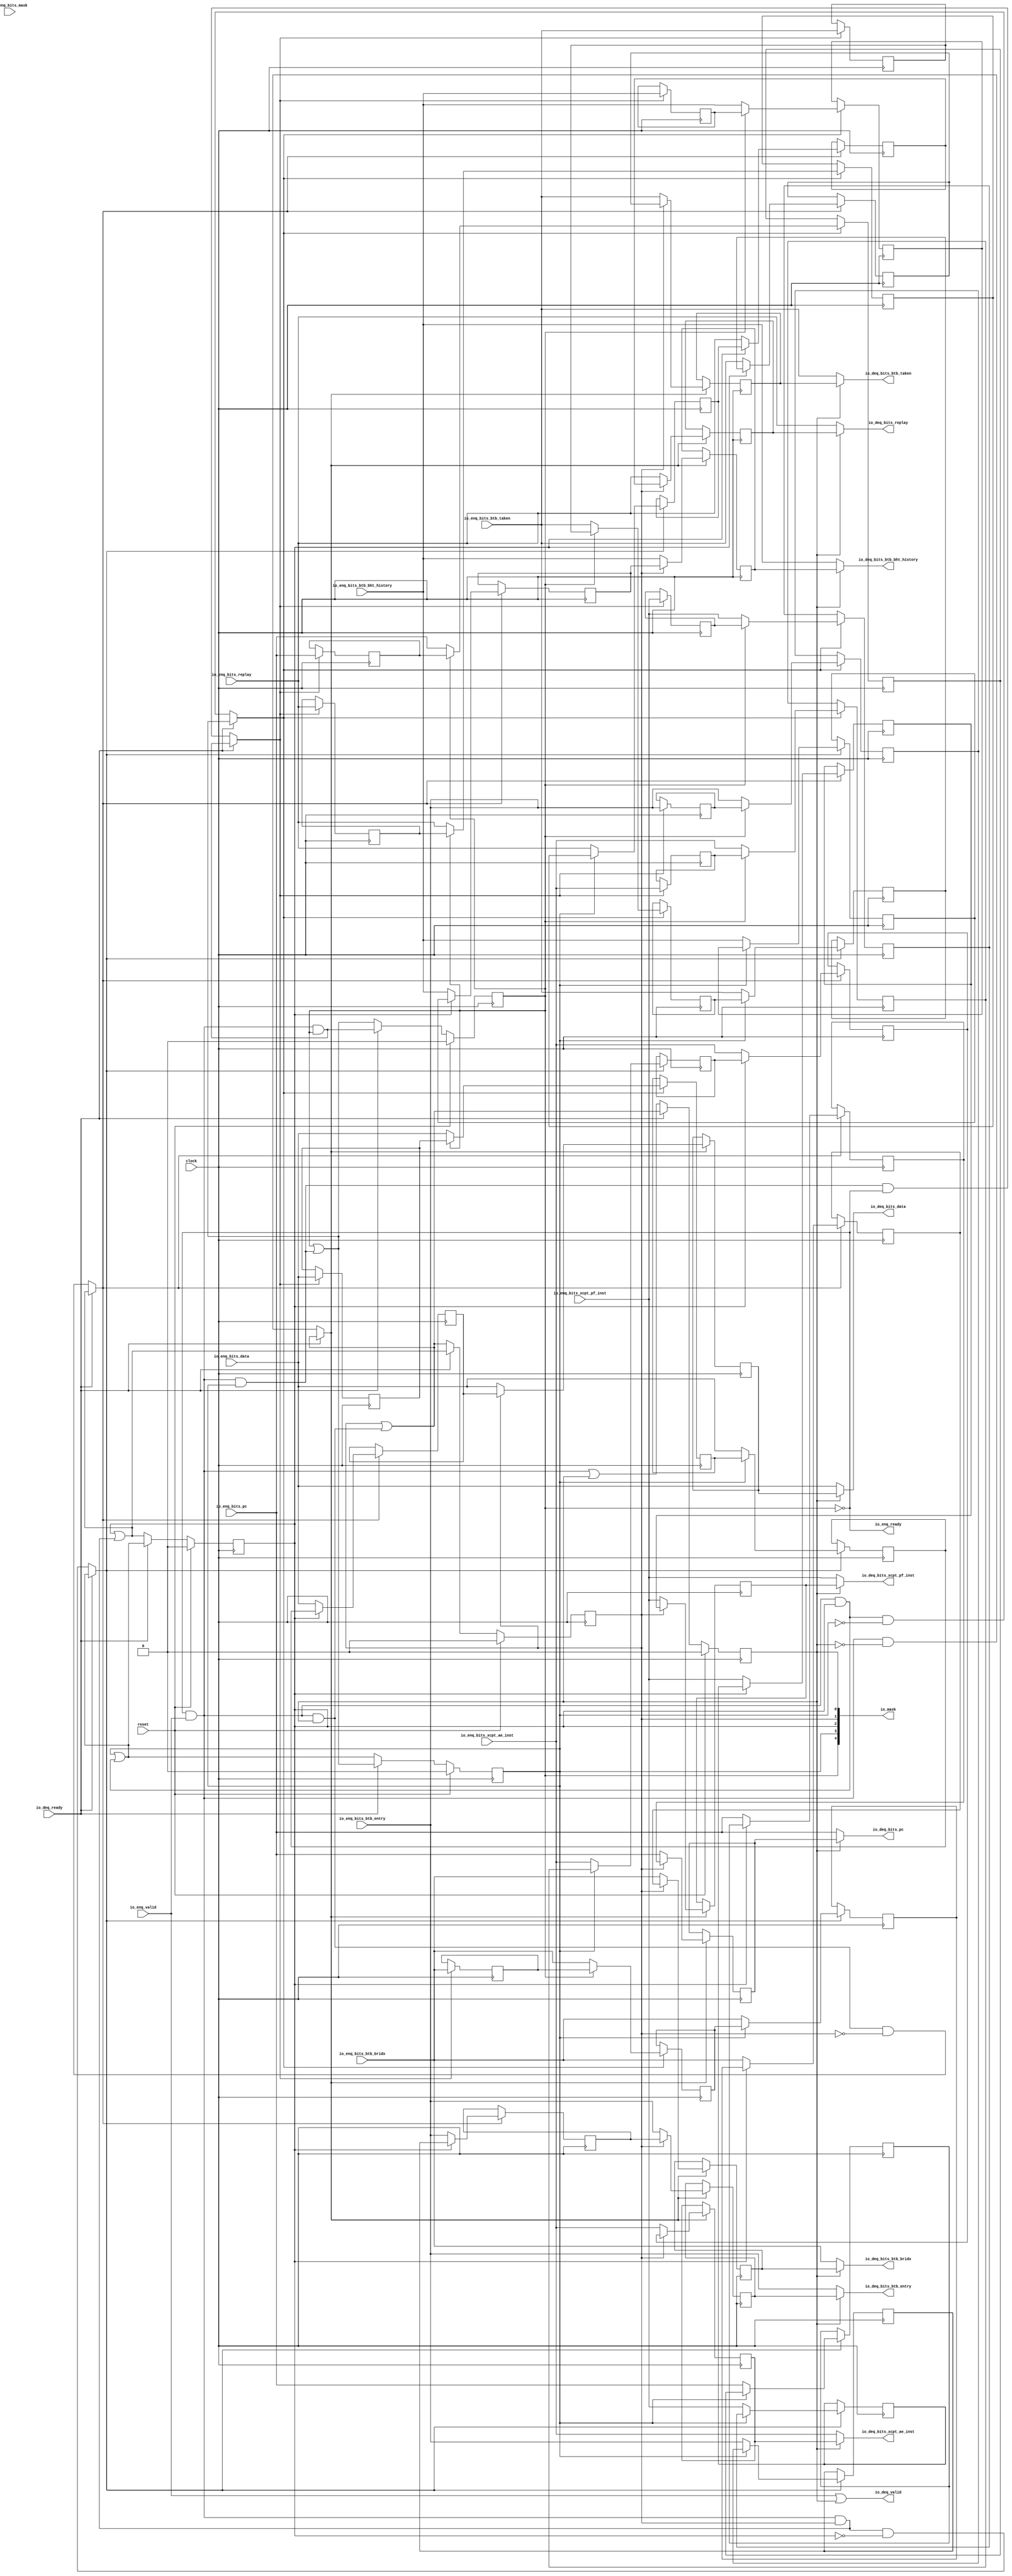
module ShiftQueue(
  input         clock,
  input         reset,
  output        io_enq_ready,
  input         io_enq_valid,
  input         io_enq_bits_btb_taken,
  input         io_enq_bits_btb_bridx,
  input  [4:0]  io_enq_bits_btb_entry,
  input  [7:0]  io_enq_bits_btb_bht_history,
  input  [39:0] io_enq_bits_pc,
  input  [31:0] io_enq_bits_data,
  input  [1:0]  io_enq_bits_mask,
  input         io_enq_bits_xcpt_pf_inst,
  input         io_enq_bits_xcpt_ae_inst,
  input         io_enq_bits_replay,
  input         io_deq_ready,
  output        io_deq_valid,
  output        io_deq_bits_btb_taken,
  output        io_deq_bits_btb_bridx,
  output [4:0]  io_deq_bits_btb_entry,
  output [7:0]  io_deq_bits_btb_bht_history,
  output [39:0] io_deq_bits_pc,
  output [31:0] io_deq_bits_data,
  output        io_deq_bits_xcpt_pf_inst,
  output        io_deq_bits_xcpt_ae_inst,
  output        io_deq_bits_replay,
  output [4:0]  io_mask
);
`ifdef RANDOMIZE_REG_INIT
  reg [31:0] _RAND_0;
  reg [31:0] _RAND_1;
  reg [31:0] _RAND_2;
  reg [31:0] _RAND_3;
  reg [31:0] _RAND_4;
  reg [31:0] _RAND_5;
  reg [31:0] _RAND_6;
  reg [31:0] _RAND_7;
  reg [31:0] _RAND_8;
  reg [63:0] _RAND_9;
  reg [31:0] _RAND_10;
  reg [31:0] _RAND_11;
  reg [31:0] _RAND_12;
  reg [31:0] _RAND_13;
  reg [31:0] _RAND_14;
  reg [31:0] _RAND_15;
  reg [31:0] _RAND_16;
  reg [31:0] _RAND_17;
  reg [63:0] _RAND_18;
  reg [31:0] _RAND_19;
  reg [31:0] _RAND_20;
  reg [31:0] _RAND_21;
  reg [31:0] _RAND_22;
  reg [31:0] _RAND_23;
  reg [31:0] _RAND_24;
  reg [31:0] _RAND_25;
  reg [31:0] _RAND_26;
  reg [63:0] _RAND_27;
  reg [31:0] _RAND_28;
  reg [31:0] _RAND_29;
  reg [31:0] _RAND_30;
  reg [31:0] _RAND_31;
  reg [31:0] _RAND_32;
  reg [31:0] _RAND_33;
  reg [31:0] _RAND_34;
  reg [31:0] _RAND_35;
  reg [63:0] _RAND_36;
  reg [31:0] _RAND_37;
  reg [31:0] _RAND_38;
  reg [31:0] _RAND_39;
  reg [31:0] _RAND_40;
  reg [31:0] _RAND_41;
  reg [31:0] _RAND_42;
  reg [31:0] _RAND_43;
  reg [31:0] _RAND_44;
  reg [63:0] _RAND_45;
  reg [31:0] _RAND_46;
  reg [31:0] _RAND_47;
  reg [31:0] _RAND_48;
  reg [31:0] _RAND_49;
`endif // RANDOMIZE_REG_INIT
  reg  valid_0; // @[ShiftQueue.scala 21:30]
  reg  valid_1; // @[ShiftQueue.scala 21:30]
  reg  valid_2; // @[ShiftQueue.scala 21:30]
  reg  valid_3; // @[ShiftQueue.scala 21:30]
  reg  valid_4; // @[ShiftQueue.scala 21:30]
  reg  elts_0_btb_taken; // @[ShiftQueue.scala 22:25]
  reg  elts_0_btb_bridx; // @[ShiftQueue.scala 22:25]
  reg [4:0] elts_0_btb_entry; // @[ShiftQueue.scala 22:25]
  reg [7:0] elts_0_btb_bht_history; // @[ShiftQueue.scala 22:25]
  reg [39:0] elts_0_pc; // @[ShiftQueue.scala 22:25]
  reg [31:0] elts_0_data; // @[ShiftQueue.scala 22:25]
  reg  elts_0_xcpt_pf_inst; // @[ShiftQueue.scala 22:25]
  reg  elts_0_xcpt_ae_inst; // @[ShiftQueue.scala 22:25]
  reg  elts_0_replay; // @[ShiftQueue.scala 22:25]
  reg  elts_1_btb_taken; // @[ShiftQueue.scala 22:25]
  reg  elts_1_btb_bridx; // @[ShiftQueue.scala 22:25]
  reg [4:0] elts_1_btb_entry; // @[ShiftQueue.scala 22:25]
  reg [7:0] elts_1_btb_bht_history; // @[ShiftQueue.scala 22:25]
  reg [39:0] elts_1_pc; // @[ShiftQueue.scala 22:25]
  reg [31:0] elts_1_data; // @[ShiftQueue.scala 22:25]
  reg  elts_1_xcpt_pf_inst; // @[ShiftQueue.scala 22:25]
  reg  elts_1_xcpt_ae_inst; // @[ShiftQueue.scala 22:25]
  reg  elts_1_replay; // @[ShiftQueue.scala 22:25]
  reg  elts_2_btb_taken; // @[ShiftQueue.scala 22:25]
  reg  elts_2_btb_bridx; // @[ShiftQueue.scala 22:25]
  reg [4:0] elts_2_btb_entry; // @[ShiftQueue.scala 22:25]
  reg [7:0] elts_2_btb_bht_history; // @[ShiftQueue.scala 22:25]
  reg [39:0] elts_2_pc; // @[ShiftQueue.scala 22:25]
  reg [31:0] elts_2_data; // @[ShiftQueue.scala 22:25]
  reg  elts_2_xcpt_pf_inst; // @[ShiftQueue.scala 22:25]
  reg  elts_2_xcpt_ae_inst; // @[ShiftQueue.scala 22:25]
  reg  elts_2_replay; // @[ShiftQueue.scala 22:25]
  reg  elts_3_btb_taken; // @[ShiftQueue.scala 22:25]
  reg  elts_3_btb_bridx; // @[ShiftQueue.scala 22:25]
  reg [4:0] elts_3_btb_entry; // @[ShiftQueue.scala 22:25]
  reg [7:0] elts_3_btb_bht_history; // @[ShiftQueue.scala 22:25]
  reg [39:0] elts_3_pc; // @[ShiftQueue.scala 22:25]
  reg [31:0] elts_3_data; // @[ShiftQueue.scala 22:25]
  reg  elts_3_xcpt_pf_inst; // @[ShiftQueue.scala 22:25]
  reg  elts_3_xcpt_ae_inst; // @[ShiftQueue.scala 22:25]
  reg  elts_3_replay; // @[ShiftQueue.scala 22:25]
  reg  elts_4_btb_taken; // @[ShiftQueue.scala 22:25]
  reg  elts_4_btb_bridx; // @[ShiftQueue.scala 22:25]
  reg [4:0] elts_4_btb_entry; // @[ShiftQueue.scala 22:25]
  reg [7:0] elts_4_btb_bht_history; // @[ShiftQueue.scala 22:25]
  reg [39:0] elts_4_pc; // @[ShiftQueue.scala 22:25]
  reg [31:0] elts_4_data; // @[ShiftQueue.scala 22:25]
  reg  elts_4_xcpt_pf_inst; // @[ShiftQueue.scala 22:25]
  reg  elts_4_xcpt_ae_inst; // @[ShiftQueue.scala 22:25]
  reg  elts_4_replay; // @[ShiftQueue.scala 22:25]
  wire  _wen_T = io_enq_ready & io_enq_valid; // @[Decoupled.scala 40:37]
  wire  _wen_T_2 = _wen_T & valid_0; // @[ShiftQueue.scala 30:45]
  wire  _wen_T_3 = valid_1 | (_wen_T & valid_0); // @[ShiftQueue.scala 30:28]
  wire  _wen_T_6 = ~valid_0; // @[ShiftQueue.scala 31:48]
  wire  _wen_T_7 = _wen_T & (~valid_0); // @[ShiftQueue.scala 31:45]
  wire  wen = io_deq_ready ? _wen_T_3 : _wen_T_7; // @[ShiftQueue.scala 29:10]
  wire  _valid_0_T_6 = _wen_T | valid_0; // @[ShiftQueue.scala 37:45]
  wire  _wen_T_10 = _wen_T & valid_1; // @[ShiftQueue.scala 30:45]
  wire  _wen_T_11 = valid_2 | (_wen_T & valid_1); // @[ShiftQueue.scala 30:28]
  wire  _wen_T_15 = _wen_T_2 & (~valid_1); // @[ShiftQueue.scala 31:45]
  wire  wen_1 = io_deq_ready ? _wen_T_11 : _wen_T_15; // @[ShiftQueue.scala 29:10]
  wire  _valid_1_T_6 = _wen_T_2 | valid_1; // @[ShiftQueue.scala 37:45]
  wire  _wen_T_18 = _wen_T & valid_2; // @[ShiftQueue.scala 30:45]
  wire  _wen_T_19 = valid_3 | (_wen_T & valid_2); // @[ShiftQueue.scala 30:28]
  wire  _wen_T_23 = _wen_T_10 & (~valid_2); // @[ShiftQueue.scala 31:45]
  wire  wen_2 = io_deq_ready ? _wen_T_19 : _wen_T_23; // @[ShiftQueue.scala 29:10]
  wire  _valid_2_T_6 = _wen_T_10 | valid_2; // @[ShiftQueue.scala 37:45]
  wire  _wen_T_26 = _wen_T & valid_3; // @[ShiftQueue.scala 30:45]
  wire  _wen_T_27 = valid_4 | (_wen_T & valid_3); // @[ShiftQueue.scala 30:28]
  wire  _wen_T_31 = _wen_T_18 & (~valid_3); // @[ShiftQueue.scala 31:45]
  wire  wen_3 = io_deq_ready ? _wen_T_27 : _wen_T_31; // @[ShiftQueue.scala 29:10]
  wire  _valid_3_T_6 = _wen_T_18 | valid_3; // @[ShiftQueue.scala 37:45]
  wire  _wen_T_34 = _wen_T & valid_4; // @[ShiftQueue.scala 30:45]
  wire  _wen_T_39 = _wen_T_26 & (~valid_4); // @[ShiftQueue.scala 31:45]
  wire  wen_4 = io_deq_ready ? _wen_T_34 : _wen_T_39; // @[ShiftQueue.scala 29:10]
  wire  _valid_4_T_6 = _wen_T_26 | valid_4; // @[ShiftQueue.scala 37:45]
  wire [1:0] io_mask_left = {valid_1,valid_0}; // @[ShiftQueue.scala 53:20]
  wire [2:0] io_mask_right = {valid_4,valid_3,valid_2}; // @[ShiftQueue.scala 53:20]
  assign io_enq_ready = ~valid_4; // @[ShiftQueue.scala 40:19]
  assign io_deq_valid = io_enq_valid | valid_0; // @[ShiftQueue.scala 45:25 ShiftQueue.scala 45:40 ShiftQueue.scala 41:16]
  assign io_deq_bits_btb_taken = _wen_T_6 ? io_enq_bits_btb_taken : elts_0_btb_taken; // @[ShiftQueue.scala 46:22 ShiftQueue.scala 46:36 ShiftQueue.scala 42:15]
  assign io_deq_bits_btb_bridx = _wen_T_6 ? io_enq_bits_btb_bridx : elts_0_btb_bridx; // @[ShiftQueue.scala 46:22 ShiftQueue.scala 46:36 ShiftQueue.scala 42:15]
  assign io_deq_bits_btb_entry = _wen_T_6 ? io_enq_bits_btb_entry : elts_0_btb_entry; // @[ShiftQueue.scala 46:22 ShiftQueue.scala 46:36 ShiftQueue.scala 42:15]
  assign io_deq_bits_btb_bht_history = _wen_T_6 ? io_enq_bits_btb_bht_history : elts_0_btb_bht_history; // @[ShiftQueue.scala 46:22 ShiftQueue.scala 46:36 ShiftQueue.scala 42:15]
  assign io_deq_bits_pc = _wen_T_6 ? io_enq_bits_pc : elts_0_pc; // @[ShiftQueue.scala 46:22 ShiftQueue.scala 46:36 ShiftQueue.scala 42:15]
  assign io_deq_bits_data = _wen_T_6 ? io_enq_bits_data : elts_0_data; // @[ShiftQueue.scala 46:22 ShiftQueue.scala 46:36 ShiftQueue.scala 42:15]
  assign io_deq_bits_xcpt_pf_inst = _wen_T_6 ? io_enq_bits_xcpt_pf_inst : elts_0_xcpt_pf_inst; // @[ShiftQueue.scala 46:22 ShiftQueue.scala 46:36 ShiftQueue.scala 42:15]
  assign io_deq_bits_xcpt_ae_inst = _wen_T_6 ? io_enq_bits_xcpt_ae_inst : elts_0_xcpt_ae_inst; // @[ShiftQueue.scala 46:22 ShiftQueue.scala 46:36 ShiftQueue.scala 42:15]
  assign io_deq_bits_replay = _wen_T_6 ? io_enq_bits_replay : elts_0_replay; // @[ShiftQueue.scala 46:22 ShiftQueue.scala 46:36 ShiftQueue.scala 42:15]
  assign io_mask = {io_mask_right,io_mask_left}; // @[ShiftQueue.scala 53:20]
  always @(posedge clock) begin
    if (reset) begin // @[ShiftQueue.scala 21:30]
      valid_0 <= 1'h0; // @[ShiftQueue.scala 21:30]
    end else if (io_deq_ready) begin // @[ShiftQueue.scala 35:10]
      valid_0 <= _wen_T_3;
    end else begin
      valid_0 <= _valid_0_T_6;
    end
    if (reset) begin // @[ShiftQueue.scala 21:30]
      valid_1 <= 1'h0; // @[ShiftQueue.scala 21:30]
    end else if (io_deq_ready) begin // @[ShiftQueue.scala 35:10]
      valid_1 <= _wen_T_11;
    end else begin
      valid_1 <= _valid_1_T_6;
    end
    if (reset) begin // @[ShiftQueue.scala 21:30]
      valid_2 <= 1'h0; // @[ShiftQueue.scala 21:30]
    end else if (io_deq_ready) begin // @[ShiftQueue.scala 35:10]
      valid_2 <= _wen_T_19;
    end else begin
      valid_2 <= _valid_2_T_6;
    end
    if (reset) begin // @[ShiftQueue.scala 21:30]
      valid_3 <= 1'h0; // @[ShiftQueue.scala 21:30]
    end else if (io_deq_ready) begin // @[ShiftQueue.scala 35:10]
      valid_3 <= _wen_T_27;
    end else begin
      valid_3 <= _valid_3_T_6;
    end
    if (reset) begin // @[ShiftQueue.scala 21:30]
      valid_4 <= 1'h0; // @[ShiftQueue.scala 21:30]
    end else if (io_deq_ready) begin // @[ShiftQueue.scala 35:10]
      valid_4 <= _wen_T_34;
    end else begin
      valid_4 <= _valid_4_T_6;
    end
    if (wen) begin // @[ShiftQueue.scala 32:16]
      if (valid_1) begin // @[ShiftQueue.scala 27:57]
        elts_0_btb_taken <= elts_1_btb_taken;
      end else begin
        elts_0_btb_taken <= io_enq_bits_btb_taken;
      end
    end
    if (wen) begin // @[ShiftQueue.scala 32:16]
      if (valid_1) begin // @[ShiftQueue.scala 27:57]
        elts_0_btb_bridx <= elts_1_btb_bridx;
      end else begin
        elts_0_btb_bridx <= io_enq_bits_btb_bridx;
      end
    end
    if (wen) begin // @[ShiftQueue.scala 32:16]
      if (valid_1) begin // @[ShiftQueue.scala 27:57]
        elts_0_btb_entry <= elts_1_btb_entry;
      end else begin
        elts_0_btb_entry <= io_enq_bits_btb_entry;
      end
    end
    if (wen) begin // @[ShiftQueue.scala 32:16]
      if (valid_1) begin // @[ShiftQueue.scala 27:57]
        elts_0_btb_bht_history <= elts_1_btb_bht_history;
      end else begin
        elts_0_btb_bht_history <= io_enq_bits_btb_bht_history;
      end
    end
    if (wen) begin // @[ShiftQueue.scala 32:16]
      if (valid_1) begin // @[ShiftQueue.scala 27:57]
        elts_0_pc <= elts_1_pc;
      end else begin
        elts_0_pc <= io_enq_bits_pc;
      end
    end
    if (wen) begin // @[ShiftQueue.scala 32:16]
      if (valid_1) begin // @[ShiftQueue.scala 27:57]
        elts_0_data <= elts_1_data;
      end else begin
        elts_0_data <= io_enq_bits_data;
      end
    end
    if (wen) begin // @[ShiftQueue.scala 32:16]
      if (valid_1) begin // @[ShiftQueue.scala 27:57]
        elts_0_xcpt_pf_inst <= elts_1_xcpt_pf_inst;
      end else begin
        elts_0_xcpt_pf_inst <= io_enq_bits_xcpt_pf_inst;
      end
    end
    if (wen) begin // @[ShiftQueue.scala 32:16]
      if (valid_1) begin // @[ShiftQueue.scala 27:57]
        elts_0_xcpt_ae_inst <= elts_1_xcpt_ae_inst;
      end else begin
        elts_0_xcpt_ae_inst <= io_enq_bits_xcpt_ae_inst;
      end
    end
    if (wen) begin // @[ShiftQueue.scala 32:16]
      if (valid_1) begin // @[ShiftQueue.scala 27:57]
        elts_0_replay <= elts_1_replay;
      end else begin
        elts_0_replay <= io_enq_bits_replay;
      end
    end
    if (wen_1) begin // @[ShiftQueue.scala 32:16]
      if (valid_2) begin // @[ShiftQueue.scala 27:57]
        elts_1_btb_taken <= elts_2_btb_taken;
      end else begin
        elts_1_btb_taken <= io_enq_bits_btb_taken;
      end
    end
    if (wen_1) begin // @[ShiftQueue.scala 32:16]
      if (valid_2) begin // @[ShiftQueue.scala 27:57]
        elts_1_btb_bridx <= elts_2_btb_bridx;
      end else begin
        elts_1_btb_bridx <= io_enq_bits_btb_bridx;
      end
    end
    if (wen_1) begin // @[ShiftQueue.scala 32:16]
      if (valid_2) begin // @[ShiftQueue.scala 27:57]
        elts_1_btb_entry <= elts_2_btb_entry;
      end else begin
        elts_1_btb_entry <= io_enq_bits_btb_entry;
      end
    end
    if (wen_1) begin // @[ShiftQueue.scala 32:16]
      if (valid_2) begin // @[ShiftQueue.scala 27:57]
        elts_1_btb_bht_history <= elts_2_btb_bht_history;
      end else begin
        elts_1_btb_bht_history <= io_enq_bits_btb_bht_history;
      end
    end
    if (wen_1) begin // @[ShiftQueue.scala 32:16]
      if (valid_2) begin // @[ShiftQueue.scala 27:57]
        elts_1_pc <= elts_2_pc;
      end else begin
        elts_1_pc <= io_enq_bits_pc;
      end
    end
    if (wen_1) begin // @[ShiftQueue.scala 32:16]
      if (valid_2) begin // @[ShiftQueue.scala 27:57]
        elts_1_data <= elts_2_data;
      end else begin
        elts_1_data <= io_enq_bits_data;
      end
    end
    if (wen_1) begin // @[ShiftQueue.scala 32:16]
      if (valid_2) begin // @[ShiftQueue.scala 27:57]
        elts_1_xcpt_pf_inst <= elts_2_xcpt_pf_inst;
      end else begin
        elts_1_xcpt_pf_inst <= io_enq_bits_xcpt_pf_inst;
      end
    end
    if (wen_1) begin // @[ShiftQueue.scala 32:16]
      if (valid_2) begin // @[ShiftQueue.scala 27:57]
        elts_1_xcpt_ae_inst <= elts_2_xcpt_ae_inst;
      end else begin
        elts_1_xcpt_ae_inst <= io_enq_bits_xcpt_ae_inst;
      end
    end
    if (wen_1) begin // @[ShiftQueue.scala 32:16]
      if (valid_2) begin // @[ShiftQueue.scala 27:57]
        elts_1_replay <= elts_2_replay;
      end else begin
        elts_1_replay <= io_enq_bits_replay;
      end
    end
    if (wen_2) begin // @[ShiftQueue.scala 32:16]
      if (valid_3) begin // @[ShiftQueue.scala 27:57]
        elts_2_btb_taken <= elts_3_btb_taken;
      end else begin
        elts_2_btb_taken <= io_enq_bits_btb_taken;
      end
    end
    if (wen_2) begin // @[ShiftQueue.scala 32:16]
      if (valid_3) begin // @[ShiftQueue.scala 27:57]
        elts_2_btb_bridx <= elts_3_btb_bridx;
      end else begin
        elts_2_btb_bridx <= io_enq_bits_btb_bridx;
      end
    end
    if (wen_2) begin // @[ShiftQueue.scala 32:16]
      if (valid_3) begin // @[ShiftQueue.scala 27:57]
        elts_2_btb_entry <= elts_3_btb_entry;
      end else begin
        elts_2_btb_entry <= io_enq_bits_btb_entry;
      end
    end
    if (wen_2) begin // @[ShiftQueue.scala 32:16]
      if (valid_3) begin // @[ShiftQueue.scala 27:57]
        elts_2_btb_bht_history <= elts_3_btb_bht_history;
      end else begin
        elts_2_btb_bht_history <= io_enq_bits_btb_bht_history;
      end
    end
    if (wen_2) begin // @[ShiftQueue.scala 32:16]
      if (valid_3) begin // @[ShiftQueue.scala 27:57]
        elts_2_pc <= elts_3_pc;
      end else begin
        elts_2_pc <= io_enq_bits_pc;
      end
    end
    if (wen_2) begin // @[ShiftQueue.scala 32:16]
      if (valid_3) begin // @[ShiftQueue.scala 27:57]
        elts_2_data <= elts_3_data;
      end else begin
        elts_2_data <= io_enq_bits_data;
      end
    end
    if (wen_2) begin // @[ShiftQueue.scala 32:16]
      if (valid_3) begin // @[ShiftQueue.scala 27:57]
        elts_2_xcpt_pf_inst <= elts_3_xcpt_pf_inst;
      end else begin
        elts_2_xcpt_pf_inst <= io_enq_bits_xcpt_pf_inst;
      end
    end
    if (wen_2) begin // @[ShiftQueue.scala 32:16]
      if (valid_3) begin // @[ShiftQueue.scala 27:57]
        elts_2_xcpt_ae_inst <= elts_3_xcpt_ae_inst;
      end else begin
        elts_2_xcpt_ae_inst <= io_enq_bits_xcpt_ae_inst;
      end
    end
    if (wen_2) begin // @[ShiftQueue.scala 32:16]
      if (valid_3) begin // @[ShiftQueue.scala 27:57]
        elts_2_replay <= elts_3_replay;
      end else begin
        elts_2_replay <= io_enq_bits_replay;
      end
    end
    if (wen_3) begin // @[ShiftQueue.scala 32:16]
      if (valid_4) begin // @[ShiftQueue.scala 27:57]
        elts_3_btb_taken <= elts_4_btb_taken;
      end else begin
        elts_3_btb_taken <= io_enq_bits_btb_taken;
      end
    end
    if (wen_3) begin // @[ShiftQueue.scala 32:16]
      if (valid_4) begin // @[ShiftQueue.scala 27:57]
        elts_3_btb_bridx <= elts_4_btb_bridx;
      end else begin
        elts_3_btb_bridx <= io_enq_bits_btb_bridx;
      end
    end
    if (wen_3) begin // @[ShiftQueue.scala 32:16]
      if (valid_4) begin // @[ShiftQueue.scala 27:57]
        elts_3_btb_entry <= elts_4_btb_entry;
      end else begin
        elts_3_btb_entry <= io_enq_bits_btb_entry;
      end
    end
    if (wen_3) begin // @[ShiftQueue.scala 32:16]
      if (valid_4) begin // @[ShiftQueue.scala 27:57]
        elts_3_btb_bht_history <= elts_4_btb_bht_history;
      end else begin
        elts_3_btb_bht_history <= io_enq_bits_btb_bht_history;
      end
    end
    if (wen_3) begin // @[ShiftQueue.scala 32:16]
      if (valid_4) begin // @[ShiftQueue.scala 27:57]
        elts_3_pc <= elts_4_pc;
      end else begin
        elts_3_pc <= io_enq_bits_pc;
      end
    end
    if (wen_3) begin // @[ShiftQueue.scala 32:16]
      if (valid_4) begin // @[ShiftQueue.scala 27:57]
        elts_3_data <= elts_4_data;
      end else begin
        elts_3_data <= io_enq_bits_data;
      end
    end
    if (wen_3) begin // @[ShiftQueue.scala 32:16]
      if (valid_4) begin // @[ShiftQueue.scala 27:57]
        elts_3_xcpt_pf_inst <= elts_4_xcpt_pf_inst;
      end else begin
        elts_3_xcpt_pf_inst <= io_enq_bits_xcpt_pf_inst;
      end
    end
    if (wen_3) begin // @[ShiftQueue.scala 32:16]
      if (valid_4) begin // @[ShiftQueue.scala 27:57]
        elts_3_xcpt_ae_inst <= elts_4_xcpt_ae_inst;
      end else begin
        elts_3_xcpt_ae_inst <= io_enq_bits_xcpt_ae_inst;
      end
    end
    if (wen_3) begin // @[ShiftQueue.scala 32:16]
      if (valid_4) begin // @[ShiftQueue.scala 27:57]
        elts_3_replay <= elts_4_replay;
      end else begin
        elts_3_replay <= io_enq_bits_replay;
      end
    end
    if (wen_4) begin // @[ShiftQueue.scala 32:16]
      elts_4_btb_taken <= io_enq_bits_btb_taken; // @[ShiftQueue.scala 32:26]
    end
    if (wen_4) begin // @[ShiftQueue.scala 32:16]
      elts_4_btb_bridx <= io_enq_bits_btb_bridx; // @[ShiftQueue.scala 32:26]
    end
    if (wen_4) begin // @[ShiftQueue.scala 32:16]
      elts_4_btb_entry <= io_enq_bits_btb_entry; // @[ShiftQueue.scala 32:26]
    end
    if (wen_4) begin // @[ShiftQueue.scala 32:16]
      elts_4_btb_bht_history <= io_enq_bits_btb_bht_history; // @[ShiftQueue.scala 32:26]
    end
    if (wen_4) begin // @[ShiftQueue.scala 32:16]
      elts_4_pc <= io_enq_bits_pc; // @[ShiftQueue.scala 32:26]
    end
    if (wen_4) begin // @[ShiftQueue.scala 32:16]
      elts_4_data <= io_enq_bits_data; // @[ShiftQueue.scala 32:26]
    end
    if (wen_4) begin // @[ShiftQueue.scala 32:16]
      elts_4_xcpt_pf_inst <= io_enq_bits_xcpt_pf_inst; // @[ShiftQueue.scala 32:26]
    end
    if (wen_4) begin // @[ShiftQueue.scala 32:16]
      elts_4_xcpt_ae_inst <= io_enq_bits_xcpt_ae_inst; // @[ShiftQueue.scala 32:26]
    end
    if (wen_4) begin // @[ShiftQueue.scala 32:16]
      elts_4_replay <= io_enq_bits_replay; // @[ShiftQueue.scala 32:26]
    end
  end
// Register and memory initialization
`ifdef RANDOMIZE_GARBAGE_ASSIGN
`define RANDOMIZE
`endif
`ifdef RANDOMIZE_INVALID_ASSIGN
`define RANDOMIZE
`endif
`ifdef RANDOMIZE_REG_INIT
`define RANDOMIZE
`endif
`ifdef RANDOMIZE_MEM_INIT
`define RANDOMIZE
`endif
`ifndef RANDOM
`define RANDOM $random
`endif
`ifdef RANDOMIZE_MEM_INIT
  integer initvar;
`endif
`ifndef SYNTHESIS
`ifdef FIRRTL_BEFORE_INITIAL
`FIRRTL_BEFORE_INITIAL
`endif
initial begin
  `ifdef RANDOMIZE
    `ifdef INIT_RANDOM
      `INIT_RANDOM
    `endif
    `ifndef VERILATOR
      `ifdef RANDOMIZE_DELAY
        #`RANDOMIZE_DELAY begin end
      `else
        #0.002 begin end
      `endif
    `endif
`ifdef RANDOMIZE_REG_INIT
  _RAND_0 = {1{`RANDOM}};
  valid_0 = _RAND_0[0:0];
  _RAND_1 = {1{`RANDOM}};
  valid_1 = _RAND_1[0:0];
  _RAND_2 = {1{`RANDOM}};
  valid_2 = _RAND_2[0:0];
  _RAND_3 = {1{`RANDOM}};
  valid_3 = _RAND_3[0:0];
  _RAND_4 = {1{`RANDOM}};
  valid_4 = _RAND_4[0:0];
  _RAND_5 = {1{`RANDOM}};
  elts_0_btb_taken = _RAND_5[0:0];
  _RAND_6 = {1{`RANDOM}};
  elts_0_btb_bridx = _RAND_6[0:0];
  _RAND_7 = {1{`RANDOM}};
  elts_0_btb_entry = _RAND_7[4:0];
  _RAND_8 = {1{`RANDOM}};
  elts_0_btb_bht_history = _RAND_8[7:0];
  _RAND_9 = {2{`RANDOM}};
  elts_0_pc = _RAND_9[39:0];
  _RAND_10 = {1{`RANDOM}};
  elts_0_data = _RAND_10[31:0];
  _RAND_11 = {1{`RANDOM}};
  elts_0_xcpt_pf_inst = _RAND_11[0:0];
  _RAND_12 = {1{`RANDOM}};
  elts_0_xcpt_ae_inst = _RAND_12[0:0];
  _RAND_13 = {1{`RANDOM}};
  elts_0_replay = _RAND_13[0:0];
  _RAND_14 = {1{`RANDOM}};
  elts_1_btb_taken = _RAND_14[0:0];
  _RAND_15 = {1{`RANDOM}};
  elts_1_btb_bridx = _RAND_15[0:0];
  _RAND_16 = {1{`RANDOM}};
  elts_1_btb_entry = _RAND_16[4:0];
  _RAND_17 = {1{`RANDOM}};
  elts_1_btb_bht_history = _RAND_17[7:0];
  _RAND_18 = {2{`RANDOM}};
  elts_1_pc = _RAND_18[39:0];
  _RAND_19 = {1{`RANDOM}};
  elts_1_data = _RAND_19[31:0];
  _RAND_20 = {1{`RANDOM}};
  elts_1_xcpt_pf_inst = _RAND_20[0:0];
  _RAND_21 = {1{`RANDOM}};
  elts_1_xcpt_ae_inst = _RAND_21[0:0];
  _RAND_22 = {1{`RANDOM}};
  elts_1_replay = _RAND_22[0:0];
  _RAND_23 = {1{`RANDOM}};
  elts_2_btb_taken = _RAND_23[0:0];
  _RAND_24 = {1{`RANDOM}};
  elts_2_btb_bridx = _RAND_24[0:0];
  _RAND_25 = {1{`RANDOM}};
  elts_2_btb_entry = _RAND_25[4:0];
  _RAND_26 = {1{`RANDOM}};
  elts_2_btb_bht_history = _RAND_26[7:0];
  _RAND_27 = {2{`RANDOM}};
  elts_2_pc = _RAND_27[39:0];
  _RAND_28 = {1{`RANDOM}};
  elts_2_data = _RAND_28[31:0];
  _RAND_29 = {1{`RANDOM}};
  elts_2_xcpt_pf_inst = _RAND_29[0:0];
  _RAND_30 = {1{`RANDOM}};
  elts_2_xcpt_ae_inst = _RAND_30[0:0];
  _RAND_31 = {1{`RANDOM}};
  elts_2_replay = _RAND_31[0:0];
  _RAND_32 = {1{`RANDOM}};
  elts_3_btb_taken = _RAND_32[0:0];
  _RAND_33 = {1{`RANDOM}};
  elts_3_btb_bridx = _RAND_33[0:0];
  _RAND_34 = {1{`RANDOM}};
  elts_3_btb_entry = _RAND_34[4:0];
  _RAND_35 = {1{`RANDOM}};
  elts_3_btb_bht_history = _RAND_35[7:0];
  _RAND_36 = {2{`RANDOM}};
  elts_3_pc = _RAND_36[39:0];
  _RAND_37 = {1{`RANDOM}};
  elts_3_data = _RAND_37[31:0];
  _RAND_38 = {1{`RANDOM}};
  elts_3_xcpt_pf_inst = _RAND_38[0:0];
  _RAND_39 = {1{`RANDOM}};
  elts_3_xcpt_ae_inst = _RAND_39[0:0];
  _RAND_40 = {1{`RANDOM}};
  elts_3_replay = _RAND_40[0:0];
  _RAND_41 = {1{`RANDOM}};
  elts_4_btb_taken = _RAND_41[0:0];
  _RAND_42 = {1{`RANDOM}};
  elts_4_btb_bridx = _RAND_42[0:0];
  _RAND_43 = {1{`RANDOM}};
  elts_4_btb_entry = _RAND_43[4:0];
  _RAND_44 = {1{`RANDOM}};
  elts_4_btb_bht_history = _RAND_44[7:0];
  _RAND_45 = {2{`RANDOM}};
  elts_4_pc = _RAND_45[39:0];
  _RAND_46 = {1{`RANDOM}};
  elts_4_data = _RAND_46[31:0];
  _RAND_47 = {1{`RANDOM}};
  elts_4_xcpt_pf_inst = _RAND_47[0:0];
  _RAND_48 = {1{`RANDOM}};
  elts_4_xcpt_ae_inst = _RAND_48[0:0];
  _RAND_49 = {1{`RANDOM}};
  elts_4_replay = _RAND_49[0:0];
`endif // RANDOMIZE_REG_INIT
  `endif // RANDOMIZE
end // initial
`ifdef FIRRTL_AFTER_INITIAL
`FIRRTL_AFTER_INITIAL
`endif
`endif // SYNTHESIS
endmodule